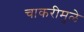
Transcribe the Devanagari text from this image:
चाकरीमुळे